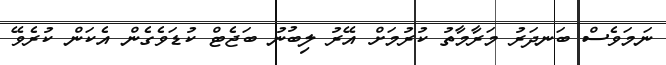
ނަމަވެސް ބަނދަރު މަރާމާތު ކުރުމަށް އޭރު ލިބުނު ބަޖެޓް ކުޑަވެގެން އެކަން ކުރެވޭ